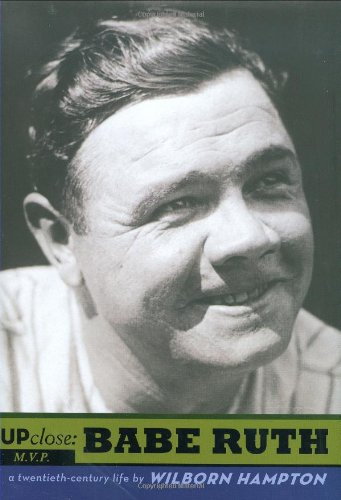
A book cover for Babe Ruth (Up Close); Wilborn Hampton; Teen & Young Adult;